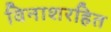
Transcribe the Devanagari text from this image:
विनाशरहित